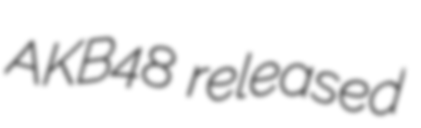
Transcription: AKB48 released